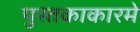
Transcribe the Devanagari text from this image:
पुस्तकाकारमे